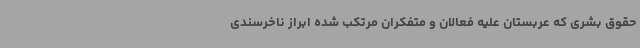
حقوق بشری که عربستان علیه فعالان و متفکران مرتکب شده ابراز ناخرسندی